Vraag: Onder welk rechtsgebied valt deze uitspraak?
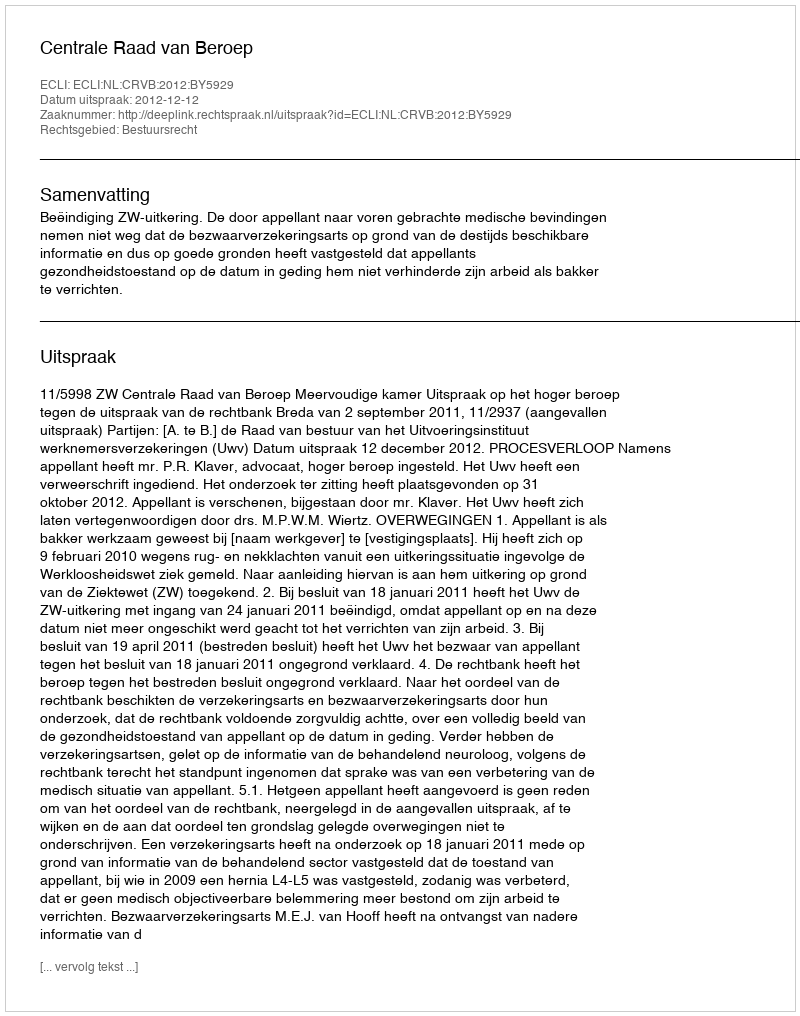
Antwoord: Bestuursrecht